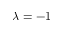
\lambda = - 1